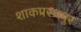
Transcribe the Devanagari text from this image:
शाकप्रस्थपुर